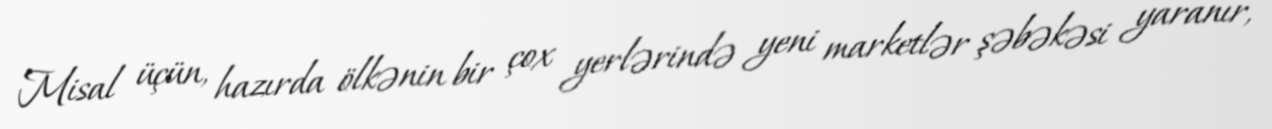
Misal üçün, hazırda ölkənin bir çox yerlərində yeni marketlər şəbəkəsi yaranır,